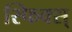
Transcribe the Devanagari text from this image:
स्फिक्स्